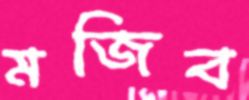
মজিব